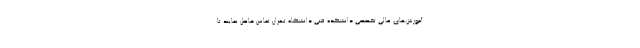
آموزش‌های عالی تخصصی دانشکده فنی دانشگاه تهران تماس حاصل نمایند تا